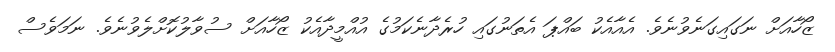
ޒޯހާއަށް ނަގައިގަނެވުނެވެ. އެއާއެކު ބައްޕަ އެތަނުގައި ހުރެދާނެކަމުގެ އުއްމީދާއެކު ޒޯހާއަށް ސުވާލުކޮށްލެވުނެވެ. ނަމަވެސް